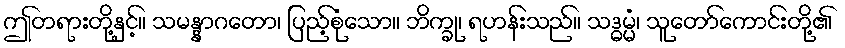
ဤတရားတို့နှင့်။ သမန္နာဂတော၊ ပြည့်စုံသော။ ဘိက္ခု၊ ရဟန်းသည်။ သဒ္ဓမ္မံ၊ သူတော်ကောင်းတို့၏